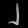
Digit: ၂